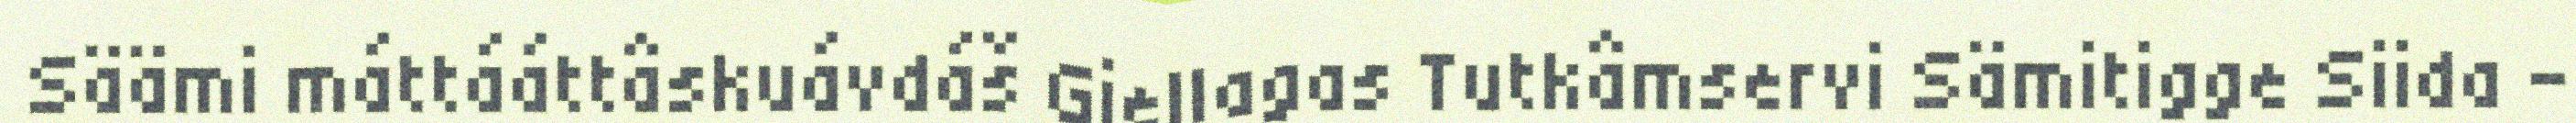
Säämi máttááttâskuávdáš Giellagas Tutkâmservi Sämitigge Siida –